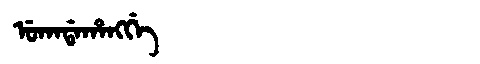
Manchu: ᡠᡴᠠᡩᠠᡥᠠᠩᡤᡝ
Romanization: UKADAHANGGE